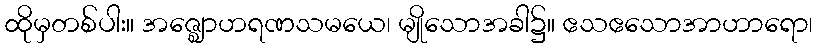
ထိုမှတစ်ပါး။ အဇ္ဈောဟရဏသမယေ၊ မျိုသောအခါ၌။ ဧသဧသောအာဟာရော၊